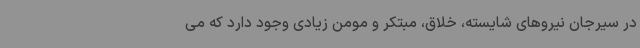
در سیرجان نیروهای شایسته، خلاق، مبتکر و مومن زیادی وجود دارد که می